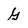
Character: G